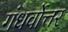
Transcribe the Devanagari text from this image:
गंधर्वोत्तर